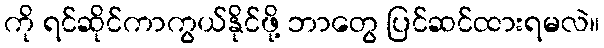
ကို ရင်ဆိုင်ကာကွယ်နိုင်ဖို့ ဘာတွေ ပြင်ဆင်ထားရမလဲ။